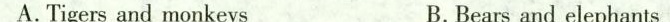
A.Tigers and monkeys B.Bears and elephants